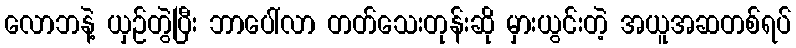
လောဘနဲ့ ယှဉ်တွဲပြီး ဘာပေါ်လာ တတ်သေးတုန်းဆို မှားယွင်းတဲ့ အယူအဆတစ်ရပ်